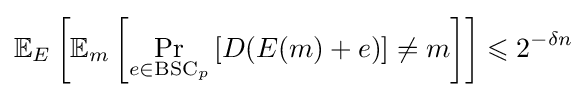
\mathbb {E} _{E}\left[\mathbb {E} _{m}\left[\Pr _{e\in {\text{BSC}}_{p}}\left[D(E(m)+e)\right]\neq m\right]\right]\leqslant 2^{-\delta n}